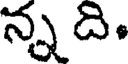
న్న ది.